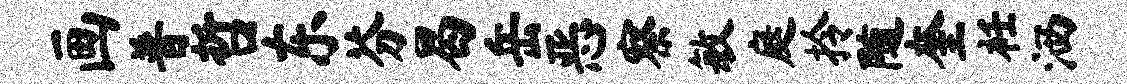
画普哲东芬曷岳恶察敏庭拎随奎衽洒